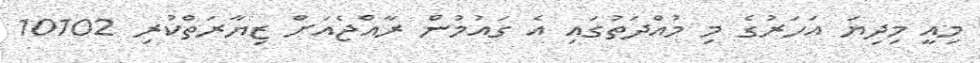
މިއީ މިދިޔަ އަހަރުގެ މި މުއްދަތުގައި އެ ގައުމުން ރާއްޖެއަށް ޒިޔާރަތްކުރި 10102